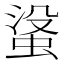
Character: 𮔓